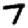
Digit: 7